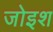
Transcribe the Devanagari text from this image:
जोइश